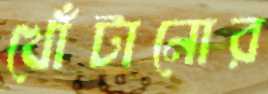
খোঁটানোর